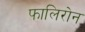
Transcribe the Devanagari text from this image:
फालिरोन